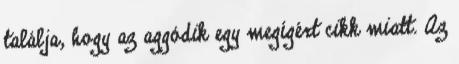
találja, hogy az aggódik egy megígért cikk miatt. Az